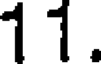
11.